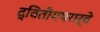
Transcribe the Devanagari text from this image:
द्वितीयपरार्वे